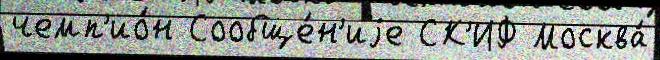
чемп'ио́н Сообще́н'иjе СК'ИФ Москва́